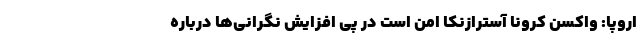
اروپا: واکسن کرونا آسترازنکا امن است در پی افزایش نگرانی‌ها درباره